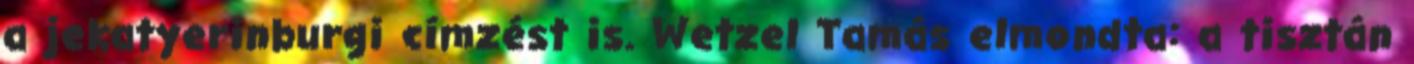
a jekatyerinburgi címzést is. Wetzel Tamás elmondta: a tisztán